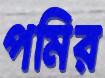
পমির